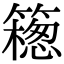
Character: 𥵅